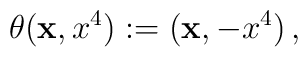
\theta ({\bf x}, x^4) := ({\bf x}, -x^4)\,,